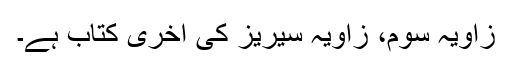
زاویہ سوم، زاویہ سیریز کی آخری کتاب ہے۔